Report on enteric fever
Disease focus: Fever
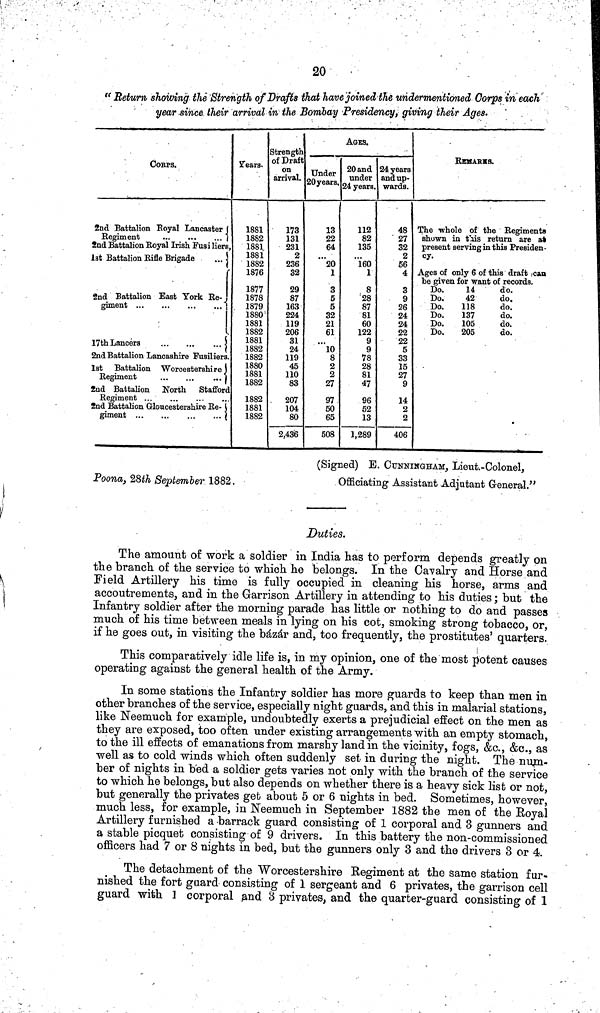
20
"Return showing the Strength of Drafts that have joined the undermentioned Corps in each
year since their arrival in the Bombay Presidency, giving their Ages.
CORPS.
2nd Battalion Royal Lancaster
Regiment
...
...
...
2nd Battalion Royal Irish Fusi liers,
1st Battalion Rifle Brigade
...
2nd Battalion East York Re-
giment
17th Lancers
2nd Battalion Lancashire Fusiliers.
1st Battalion Worcestershire
Regiment
2nd Battalion North
Stafford
Regiment ..
2nd Battalion Gloucestershire Re-
giment ...
.
Years.
1881
1882
1881
1881
1882
1876
1877
1878
1879
1880
1881
1882
1881
1882
1882
1880
1881
1882
1882
1881
1882
Strength
of Draft
on
arrival.
173
131
231
2
236
32
29
87
163
224
119
206
31
24
119
45
110
83
207
104
80
2,436
AGES.
Under
20 years.
13
22
64
...
20
1
3
5
5
32
21
61
10
8
2
2
27
97
50
65
508
20 and
under
24 years,
112
82
135
...
160
1
8
28
87
81
60
122
9
9
78
28
81
47
96
52
13
1,289
24 years
and up-
wards.
48
27
32
2
56
4
3
9
26
24
24
22
22
5
33
15
27
9
14
2
2
406
REMARKS.
The whole of the Regiments
shown in t\ill\us return are at
present serving in this Presiden-
cy.
Ages of only 6 of this draft can
be given for want of records.
Do.
14
do.
Do.
42
do.
Do.
118
do.
Do.
137
do.
Do.
105
do.
Do.
205
do.
Poona, 28th September 1882.
(Signed) E. CUNNINGHAM, Lieut.-Colonel,
Officiating Assistant Adjutant General."
Duties.
The amount of work a soldier in India has to perform depends greatly on
the branch of the service to which he belongs. In the Cavalry and Horse and
Field Artillery his time is fully occupied in cleaning his horse, arms and
accoutrements, and in the Garrison Artillery in attending to his duties; but the
Infantry soldier after the morning parade has little or nothing to do and passes
much of his time between meals in lying on his cot, smoking strong tobacco, or,
if he goes out, in visiting the bázár and, too frequently, the prostitutes' quarters.
This comparatively idle life is, in my opinion, one of the most potent causes
operating against the general health of the Army.
In some stations the Infantry soldier has more guards to keep than men in
other branches of the service, especially night guards, and this in malarial stations,
like Neemuch for example, undoubtedly exerts a prejudicial effect on the men as
they are exposed, too often under existing arrangements with an empty stomach,
to the ill effects of emanations from marshy land in the vicinity, fogs, &c., &c., as
well as to cold winds which often suddenly set in during the night. The num-
ber of nights in bed a soldier gets varies not only with the branch of the service
to which he belongs, but also depends on whether there is a heavy sick list or not,
but generally the privates get about 5 or 6 nights in bed. Sometimes, however,
much less, for example, in Neemuch in September 1882 the men of the Royal
Artillery furnished a barrack guard consisting of 1 corporal and 3 gunners and
a stable picquet consisting of 9 drivers. In this battery the non-commissioned
officers had 7 or 8 nights in bed, but the gunners only 3 and the drivers 3 or 4.
The detachment of the Worcestershire Regiment at the same station fur-
nished the fort guard consisting of 1 sergeant and 6 privates, the garrison cell
guard with 1 corporal and 3 privates, and the quarter-guard consisting of 1